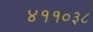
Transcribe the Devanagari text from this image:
४११०३८